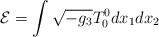
LaTeX: \begin{align*}{\cal E}=\int \sqrt{-g_3} T^0_0 dx_1 dx_2\end{align*}